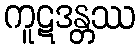
ကူဋဒန္တဿ